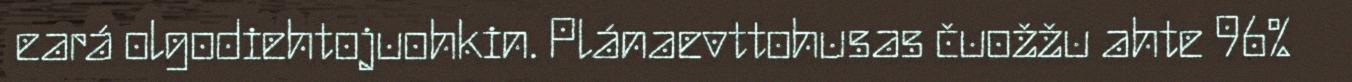
eará olgodiehtojuohkin. Plánaevttohusas čuožžu ahte 96%